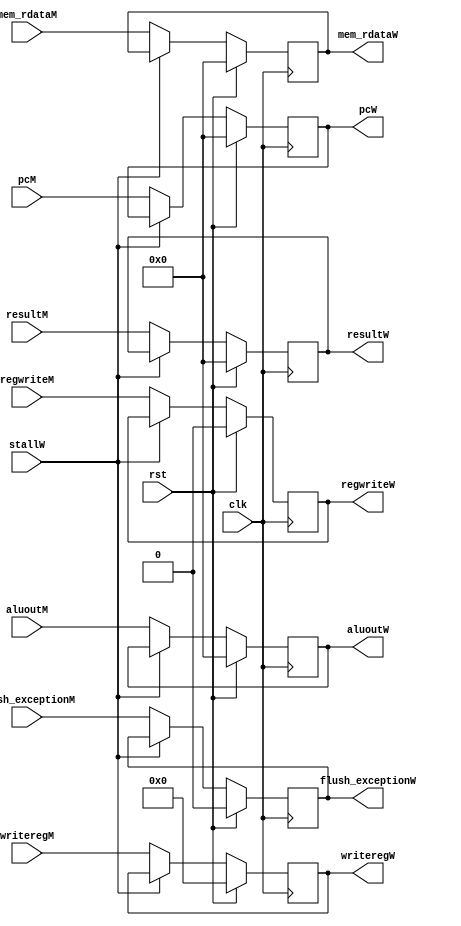
`timescale 1ns / 1ps
module Mem_WriteBack (
    input wire clk, rst,
    input wire stallW,
    input wire [31:0] pcM,
    input wire [31:0] aluoutM,
    input wire [4:0] writeregM,
    input wire regwriteM,
    input wire [31:0] mem_rdataM,
    input wire [31:0] resultM,
    input wire flush_exceptionM,


    output reg [31:0] pcW,
    output reg [31:0] aluoutW,
    output reg [4:0] writeregW,
    output reg regwriteW,
    output reg [31:0] mem_rdataW,
    output reg [31:0] resultW,
    output reg flush_exceptionW
);
    always @(posedge clk) begin
        if(rst) begin
            pcW <= 0;
            aluoutW <= 0;
            writeregW <= 0;
            regwriteW <= 0;
            mem_rdataW <= 0;
            resultW <= 0;
            flush_exceptionW<=0;
        end
        else if(~stallW) begin
            pcW <= pcM;
            aluoutW <= aluoutM;
            writeregW <= writeregM;
            regwriteW <= regwriteM;
            mem_rdataW <= mem_rdataM;
            resultW <= resultM;
            flush_exceptionW<=flush_exceptionM;
        end
    end
endmodule